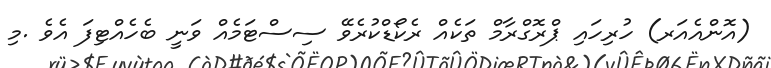
(އޮންއެއަރ) ހުރިހައި ޕްރޮގްރާމް ތަކެއް ރެކޯޑްކުރެވޭ ސިސްޓަމެއް ވަނީ ބެހެއްޓިފަ އެވެ .މި